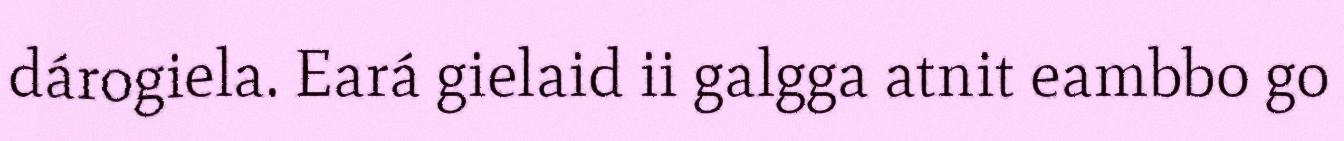
dárogiela. Eará gielaid ii galgga atnit eambbo go